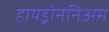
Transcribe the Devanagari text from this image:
हायड्रोननिअम